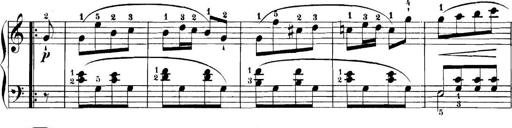
Title: 11 Sonatinas
Composer: Anton Diabelli